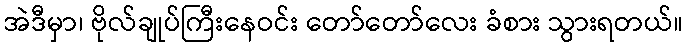
အဲဒီမှာ၊ ဗိုလ်ချုပ်ကြီးနေဝင်း တော်တော်လေး ခံစား သွားရတယ်။